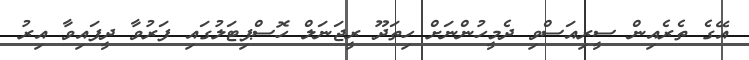
އޭގެ ތެރެއިން ސީރިއަސްވި ދެމީހުންނަށް ހިތަދޫ ރީޖަނަލް ހޮސްޕިޓަލުގައި ފަރުވާ ދީފައިވާ އިރު